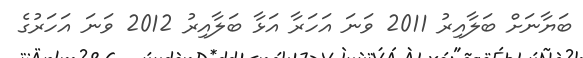
ބަޔާނަށް ބަލާއިރު 2011 ވަނަ އަހަރާ އަޅާ ބަލާއިރު 2012 ވަނަ އަހަރުގެ